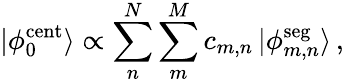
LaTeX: |\phi_{0}^{\mathrm{cent}}\rangle\propto\sum_{n}^{N}\sum_{m}^{M}c_{m,n}\, |\phi_{m,n}^{\mathrm{seg}}\rangle\, ,